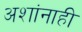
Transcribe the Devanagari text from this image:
अशांनाही